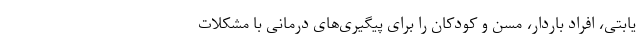
یابتی، افراد باردار، مسن و کودکان را برای پیگیری‌های درمانی با مشکلات